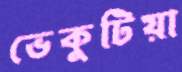
ভেকুটিয়া